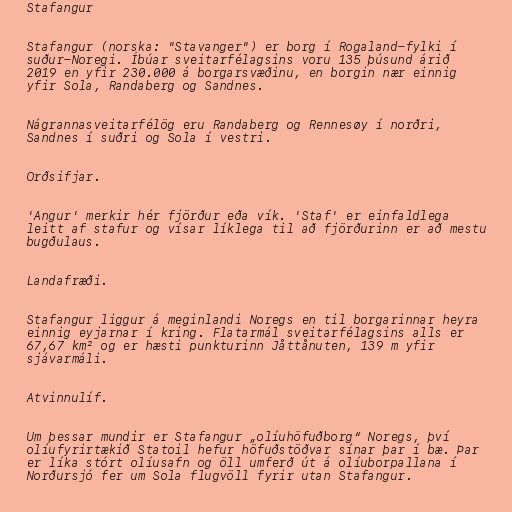
Stafangur

Stafangur (norska: "Stavanger") er borg í Rogaland-fylki í
suður-Noregi. Íbúar sveitarfélagsins voru 135 þúsund árið
2019 en yfir 230.000 á borgarsvæðinu, en borgin nær einnig
yfir Sola, Randaberg og Sandnes.

Nágrannasveitarfélög eru Randaberg og Rennesøy í norðri,
Sandnes í suðri og Sola í vestri.

Orðsifjar.

'Angur' merkir hér fjörður eða vík. 'Staf' er einfaldlega
leitt af stafur og vísar líklega til að fjörðurinn er að mestu
bugðulaus.

Landafræði.

Stafangur liggur á meginlandi Noregs en til borgarinnar heyra
einnig eyjarnar í kring. Flatarmál sveitarfélagsins alls er
67,67 km² og er hæsti punkturinn Jåttånuten, 139 m yfir
sjávarmáli.

Atvinnulíf.

Um þessar mundir er Stafangur „olíuhöfuðborg“ Noregs, því
olíufyrirtækið Statoil hefur höfuðstöðvar sínar þar í bæ. Þar
er líka stórt olíusafn og öll umferð út á olíuborpallana í
Norðursjó fer um Sola flugvöll fyrir utan Stafangur.